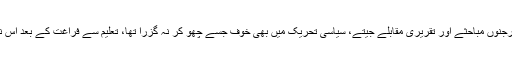
پنجاب یونیورسٹی اسٹوڈنٹس یونین کا نائب صدر، بلا کا مقرر جس نے کالجوں اور یونیورسٹیوں میں درجنوں مباحثے اور تقریری مقابلے جیتے، سیاسی تحریک میں بھی خوف جسے چھو کر نہ گزرا تھا، تعلیم سے فراغت کے بعد اس نے سیاست کو الوداع کہا اور بنک میں نوکری کر لی کہ ’’تجھ سے بھی دلفریب ہیں غم روزگار کے‘‘۔